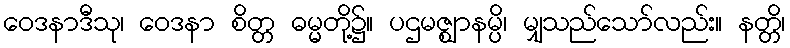
ဝေဒနာဒီသု၊ ဝေဒနာ စိတ္တ ဓမ္မတို့၌။ ပဌမဇ္ဈာနမ္ပိ၊ မျှသည်သော်လည်း။ နတ္တိ၊